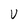
Character: U